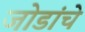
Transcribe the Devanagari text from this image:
जोडांचे